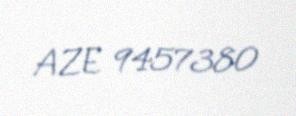
AZE 9457380